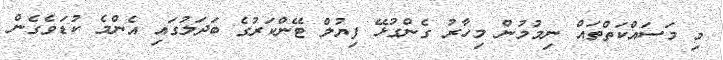
މި މަސައްކަތްތައް ނިމުމުން މިހާރު ގެންގުޅޭ ފިޔުލް ޓޭންކަރުގެ ބަދަލުގައި އެންމެ ކުޑަވެގެން